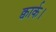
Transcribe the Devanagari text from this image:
क्वार्क।